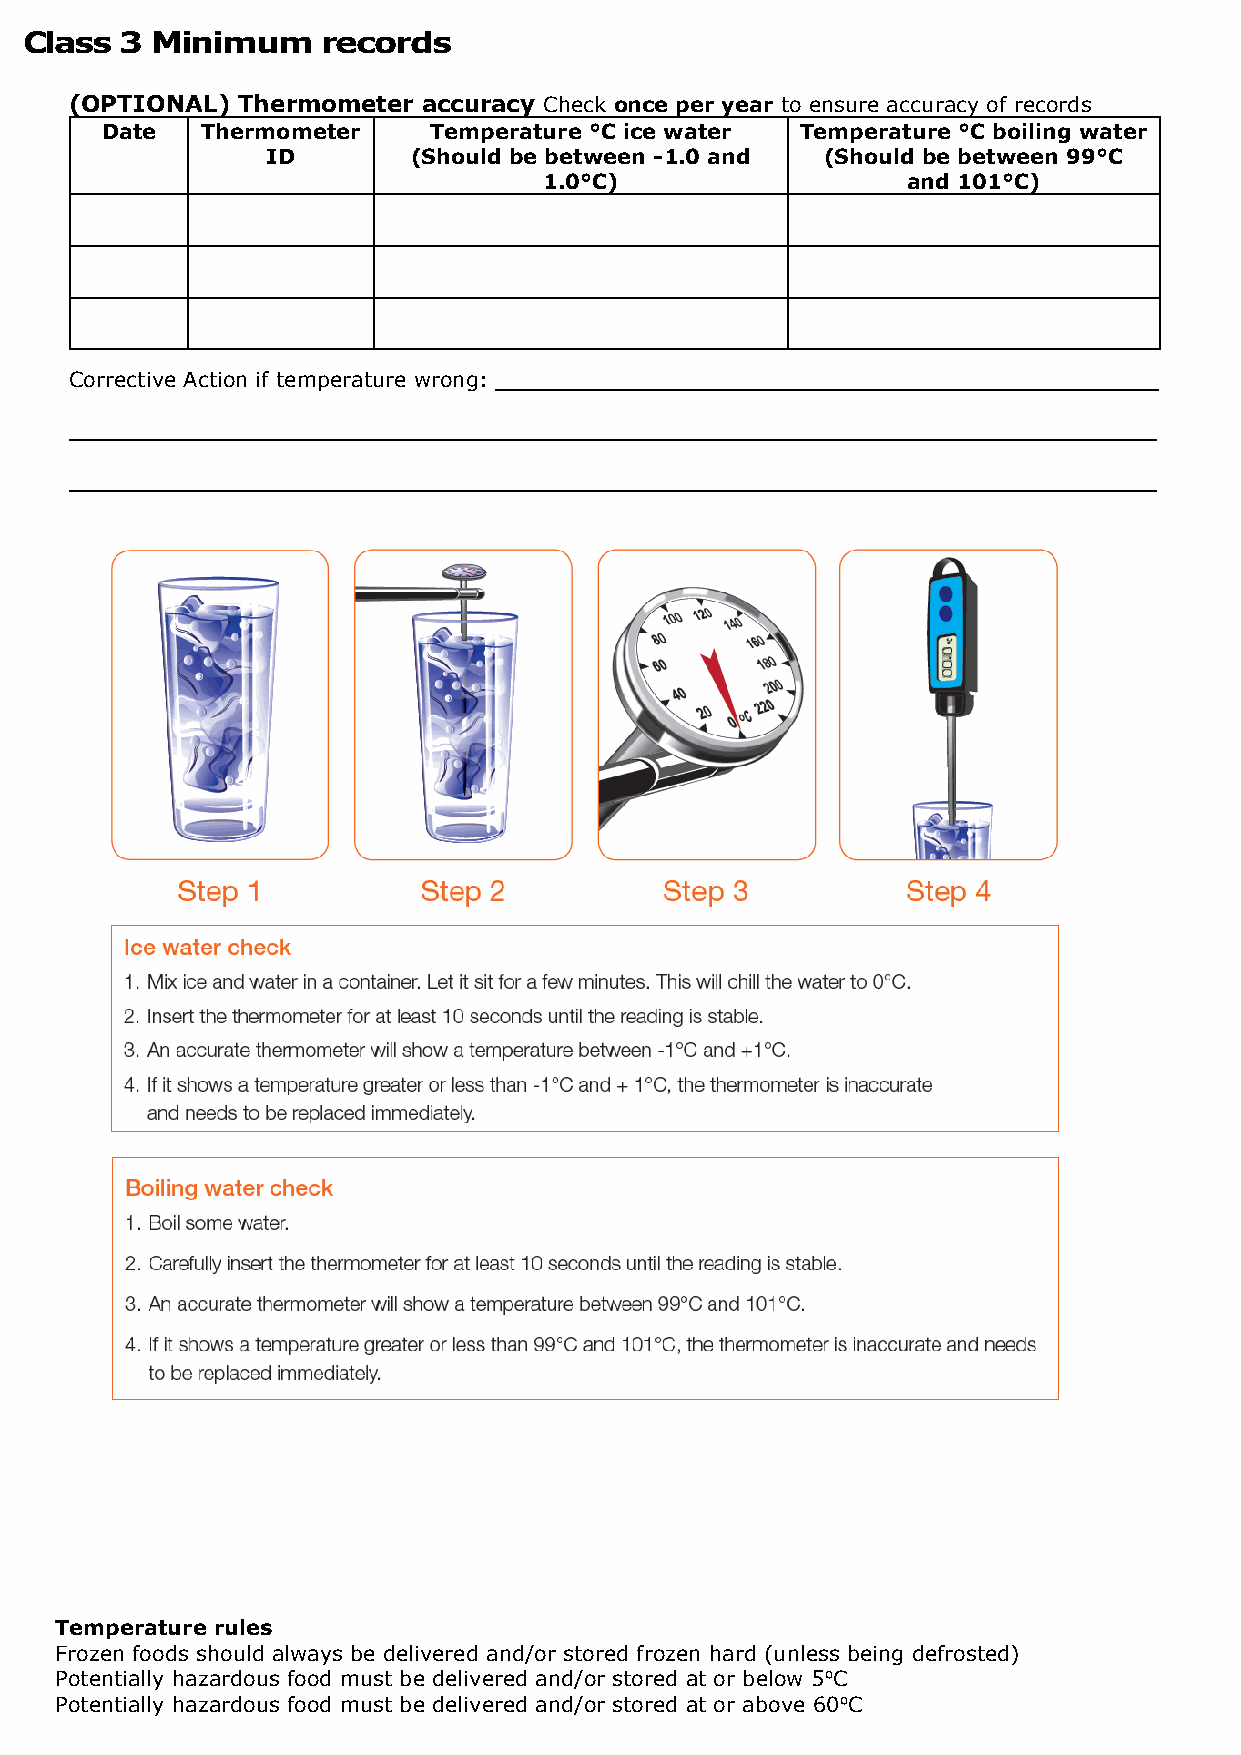
Class  3 Minimum    records
 Week starting: / / 20__
 (OPTIONAL) Thermometer accuracy Check once per year to ensure accuracy of records
 Date  Thermometer    Temperature °C ice water Temperature °C boiling water
 ID       (Should be between -1.0 and (Should be between 99°C
 1.0°C)                  and 101°C)
 Corrective Action if temperature wrong: __________________________________________________
 __________________________________________________________________________________
 __________________________________________________________________________________
 Temperature rules
 Frozen foods should always be delivered and/or stored frozen hard (unless being defrosted)
 Potentially hazardous food must be delivered and/or stored at or below 5⁰C
 Potentially hazardous food must be delivered and/or stored at or above 60⁰C